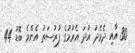
30 އާއި ދެމެދު އުދަ އެރުމުގެ ފުރުސަތު އެންމެ ބޮޑު 44